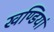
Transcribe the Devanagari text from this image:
खण्डियां